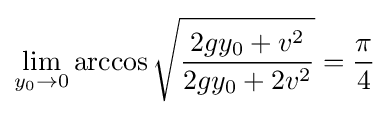
\lim _{y_{0}\to 0}\arccos {\sqrt {\frac {2gy_{0}+v^{2}}{2gy_{0}+2v^{2}}}}={\frac {\pi }{4}}